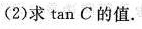
(2) 求 \tan C 的值.